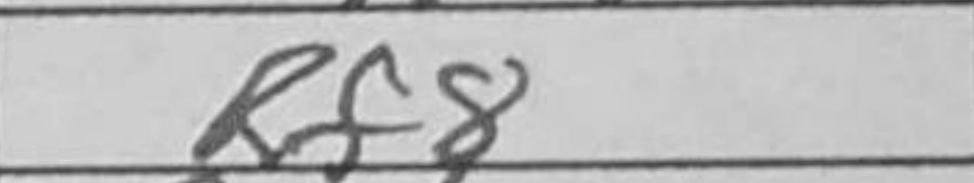
Transcription: Rf8